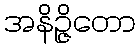
အနိဉ္ဇိတော